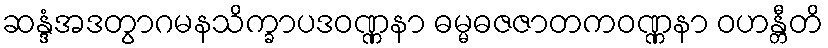
ဆန္ဒံအဒတွာဂမနသိက္ခာပဒဝဏ္ဏနာ ဓမ္မဓဇဇာတကဝဏ္ဏနာ ဝဟန္တီတိ